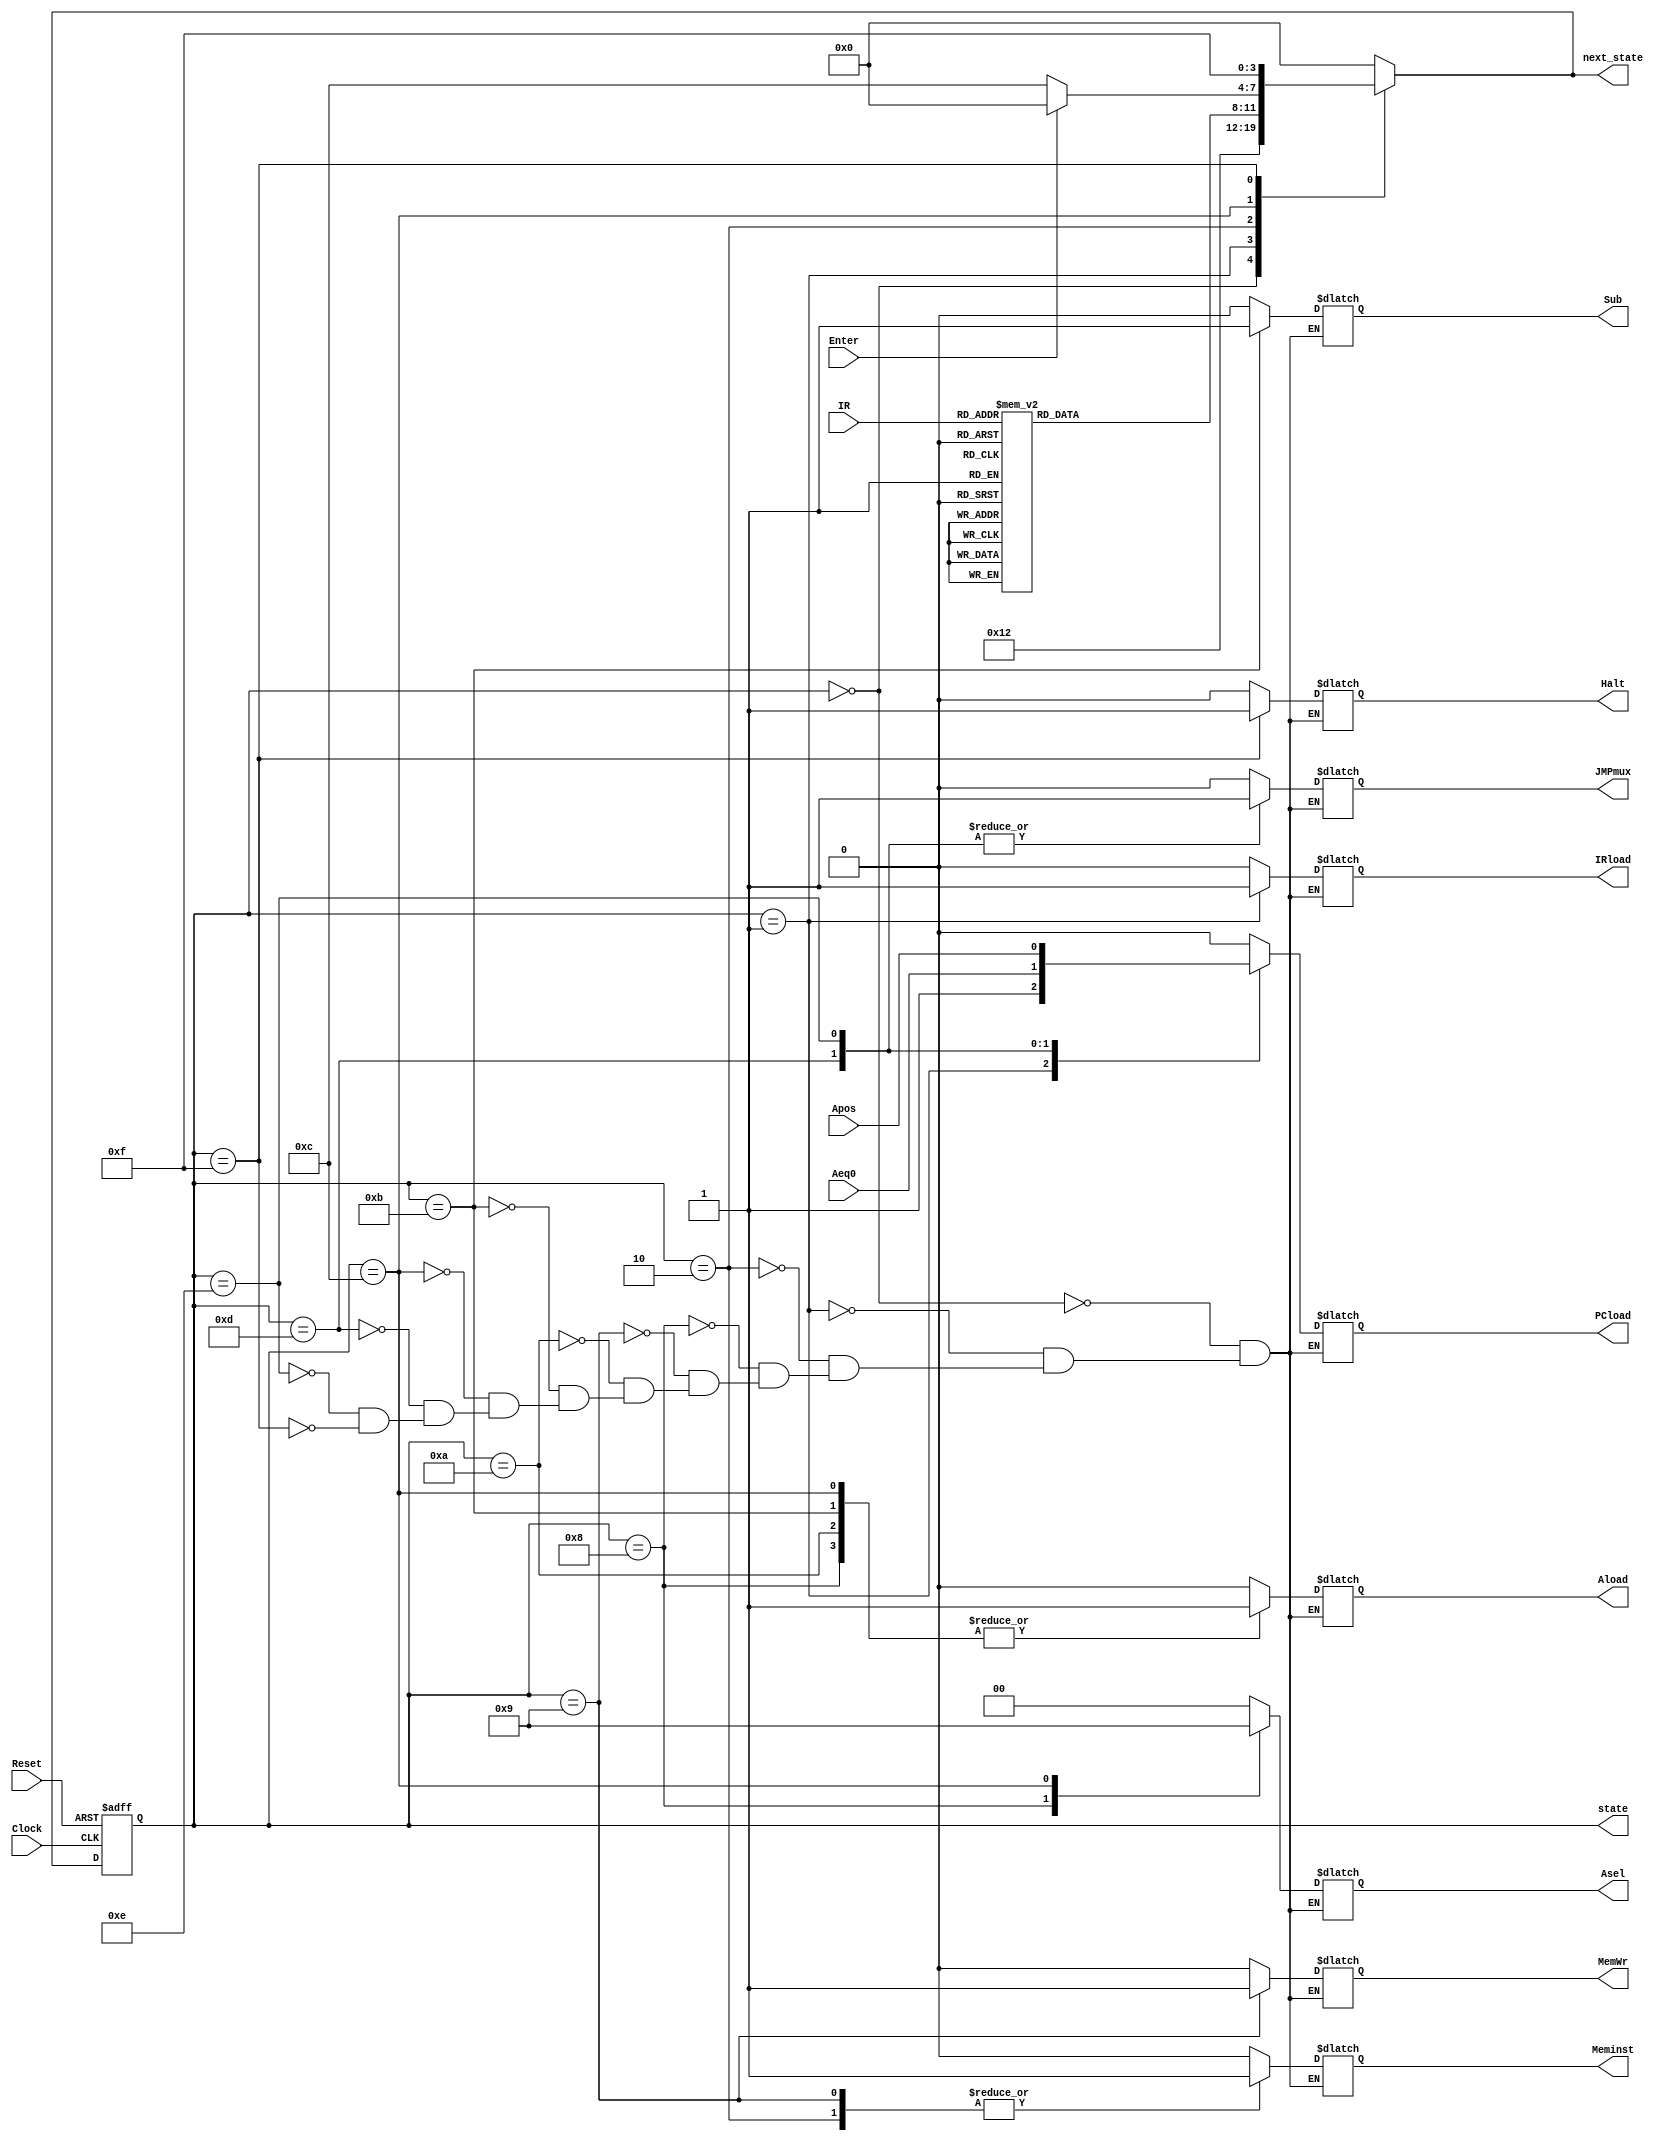
/****
	Name 	:	Chu Jaan Horng
	Date 	:	29/9/2015
	Project :	Control Unit of the Enhanced Processor 
****/

module ControlUnit(
	//__Status Signals for input except Clock & Reset__
	input Clock, Reset, Enter,
	input [7:5]IR,
	input Aeq0, Apos,
	//__Control Signals for output__
	output reg IRload, JMPmux, PCload, Meminst, MemWr, Aload, Sub, Halt,
	output reg [1:0]Asel,
	output reg [3:0]state, next_state
);
	
	//reg [3:0]state, next_state;
	parameter [3:0]start=4'b0000, fetch=4'b0001, decode=4'b0010, load=4'b1000, store=4'b1001, add=4'b1010, sub=4'b1011, Input=4'b1100, jz=4'b1101, jpos=4'b1110, halt=4'b1111;
	
	//Initialize the state machine
	always@(posedge Clock, posedge Reset)
	begin
		if(Reset)
		begin
			state<=start;
		end
		else
		begin
			state<=next_state;
		end
	end
	
	// State Machine (Control Unit)
	always@(state, IR, Aeq0, Apos, Enter)
	begin
	//Each of the state will output the control signals to datapath
		case(state)
		start	:	begin
						IRload=0;
						JMPmux=0;
						PCload=0;
						Meminst=0;
						MemWr=0;
						Asel[1:0]=2'b00;
						Aload=0;
						Sub=0;
						Halt=0;
						next_state=fetch;
					end
		fetch	:	begin
						IRload=1;
						JMPmux=0;
						PCload=1;
						Meminst=0;
						MemWr=0;
						Asel[1:0]=2'b00;
						Aload=0;
						Sub=0;
						Halt=0;
						next_state=decode;
					end
		decode	:	begin
						IRload=0;
						JMPmux=0;
						PCload=0;
						//PCload=1; // error
						Meminst=1;
						MemWr=0;
						Asel[1:0]=2'b00;
						Aload=0;
						Sub=0;
						Halt=0;
						case(IR)
						3'b000 : next_state=load;
						3'b001 : next_state=store;
						3'b010 : next_state=add;
						3'b011 : next_state=sub;
						3'b100 : next_state=Input;
						3'b101 : next_state=jz;
						3'b110 : next_state=jpos;
						3'b111 : next_state=halt;
						default: next_state=decode;
						endcase
					end
		load	:	begin
						IRload=0;
						JMPmux=0;
						PCload=0;
						Meminst=0;
						MemWr=0;
						Asel[1:0]=2'b10;
						Aload=1;
						Sub=0;
						Halt=0;
						next_state=start;
					end
		store	:	begin
						IRload=0;
						JMPmux=0;
						PCload=0;
						Meminst=1;
						MemWr=1;
						Asel[1:0]=2'b00;
						Aload=0;
						Sub=0;
						Halt=0;	
						next_state=start;
					end
		add		:	begin
						IRload=0;
						JMPmux=0;
						PCload=0;
						Meminst=0;
						MemWr=0;
						Asel[1:0]=2'b00;
						Aload=1;
						Sub=0;
						Halt=0;
						next_state=start;
					end
		sub		:	begin
						IRload=0;
						JMPmux=0;
						PCload=0;
						Meminst=0;
						MemWr=0;
						Asel[1:0]=2'b00;
						Aload=1;
						Sub=1;
						Halt=0;
						next_state=start;
					end
		Input	:	begin
						IRload=0;
						JMPmux=0;
						PCload=0;
						Meminst=0;
						MemWr=0;
						Asel[1:0]=2'b01;
						Aload=1;
						Sub=0;
						Halt=0;
					if(Enter)
						next_state=start;
					else
						next_state=Input;
					end
		jz		:	begin
						IRload=0;
						JMPmux=1;
						PCload=Aeq0;
						Meminst=0;
						MemWr=0;
						Asel[1:0]=2'b00;
						Aload=0;
						Sub=0;
						Halt=0;
						next_state=start;
					end
		jpos	:	begin
						IRload=0;
						JMPmux=1;
						PCload=Apos;
						Meminst=0;
						MemWr=0;
						Asel[1:0]=2'b00;
						Aload=0;
						Sub=0;
						Halt=0;
						next_state=start;
					end
		halt	:	begin
						IRload=0;
						JMPmux=0;
						PCload=0;
						Meminst=0;
						MemWr=0;
						Asel[1:0]=2'b00;
						Aload=0;
						Sub=0;
						Halt=1;
						next_state=halt;
					end
		default	:	next_state=start;
		endcase
	end
endmodule